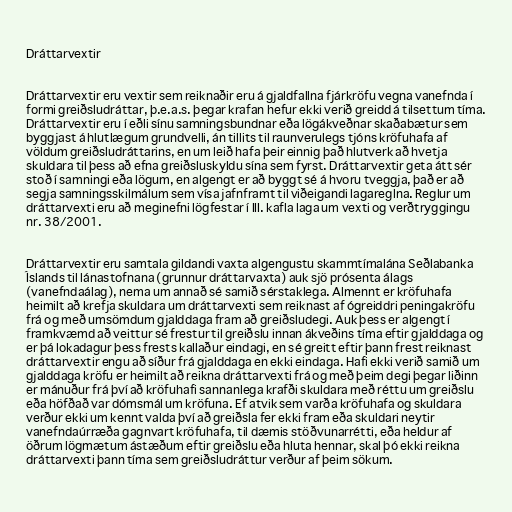
Dráttarvextir

Dráttarvextir eru vextir sem reiknaðir eru á gjaldfallna fjárkröfu vegna vanefnda í
formi greiðsludráttar, þ.e.a.s. þegar krafan hefur ekki verið greidd á tilsettum tíma.
Dráttarvextir eru í eðli sínu samningsbundnar eða lögákveðnar skaðabætur sem
byggjast á hlutlægum grundvelli, án tillits til raunverulegs tjóns kröfuhafa af
völdum greiðsludráttarins, en um leið hafa þeir einnig það hlutverk að hvetja
skuldara til þess að efna greiðsluskyldu sína sem fyrst. Dráttarvextir geta átt sér
stoð í samningi eða lögum, en algengt er að byggt sé á hvoru tveggja, það er að
segja samningsskilmálum sem vísa jafnframt til viðeigandi lagareglna. Reglur um
dráttarvexti eru að meginefni lögfestar í III. kafla laga um vexti og verðtryggingu
nr. 38/2001.

Dráttarvextir eru samtala gildandi vaxta algengustu skammtímalána Seðlabanka
Íslands til lánastofnana (grunnur dráttarvaxta) auk sjö prósenta álags
(vanefndaálag), nema um annað sé samið sérstaklega. Almennt er kröfuhafa
heimilt að krefja skuldara um dráttarvexti sem reiknast af ógreiddri peningakröfu
frá og með umsömdum gjalddaga fram að greiðsludegi. Auk þess er algengt í
framkvæmd að veittur sé frestur til greiðslu innan ákveðins tíma eftir gjalddaga og
er þá lokadagur þess frests kallaður eindagi, en sé greitt eftir þann frest reiknast
dráttarvextir engu að síður frá gjalddaga en ekki eindaga. Hafi ekki verið samið um
gjalddaga kröfu er heimilt að reikna dráttarvexti frá og með þeim degi þegar liðinn
er mánuður frá því að kröfuhafi sannanlega krafði skuldara með réttu um greiðslu
eða höfðað var dómsmál um kröfuna. Ef atvik sem varða kröfuhafa og skuldara
verður ekki um kennt valda því að greiðsla fer ekki fram eða skuldari neytir
vanefndaúrræða gagnvart kröfuhafa, til dæmis stöðvunarrétti, eða heldur af
öðrum lögmætum ástæðum eftir greiðslu eða hluta hennar, skal þó ekki reikna
dráttarvexti þann tíma sem greiðsludráttur verður af þeim sökum.